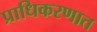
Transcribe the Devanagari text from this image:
प्राधिकरणात